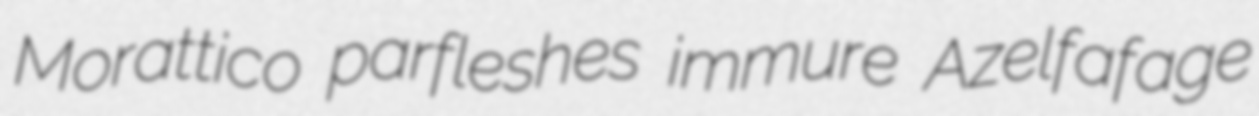
Morattico parfleshes immure Azelfafage